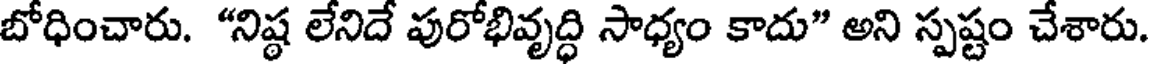
బోధించారు. "నిష్ఠ లేనిదే పురోభివృద్ధి సాధ్యం కాదు" అని స్పష్టం చేశారు.